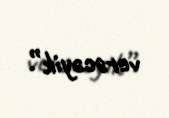
verəcəyik”.